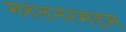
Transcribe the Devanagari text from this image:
मरुतनरमडम